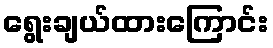
ရွေးချယ်ထားကြောင်း